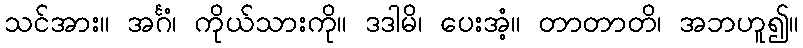
သင်အား။ အင်္ဂံ၊ ကိုယ်သားကို။ ဒဒါမိ၊ ပေးအံ့။ တာတာတိ၊ အဘဟူ၍။